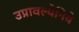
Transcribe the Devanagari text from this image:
उप्रावल्येनिये